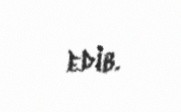
edib.